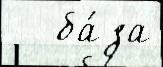
   ба́за